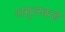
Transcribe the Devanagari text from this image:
अमूलकडे